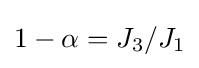
1-\alpha =J_{3}/J_{1}